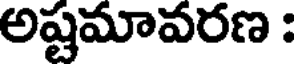
అష్టమావరణ :